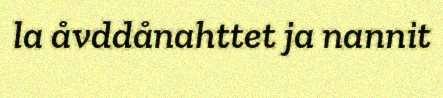
la åvddånahttet ja nannit